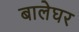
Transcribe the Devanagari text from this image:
बालेघर